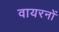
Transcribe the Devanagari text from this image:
वायरनों